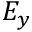
E _ { y }